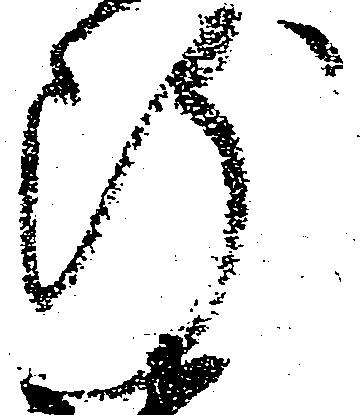
断